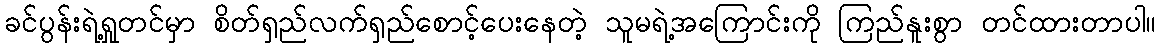
ခင်ပွန်းရဲ့ရှုတင်မှာ စိတ်ရှည်လက်ရှည်စောင့်ပေးနေတဲ့ သူမရဲ့အကြောင်းကို ကြည်နူးစွာ တင်ထားတာပါ။